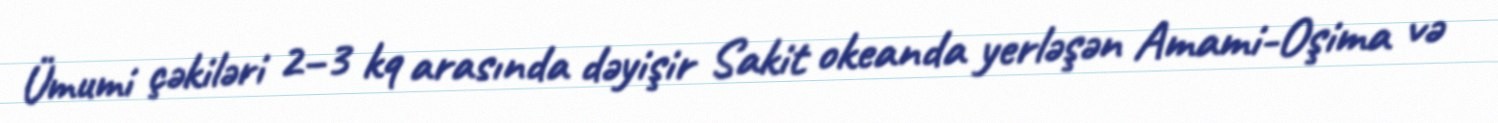
Ümumi çəkiləri 2–3 kq arasında dəyişir Sakit okeanda yerləşən Amami-Oşima və